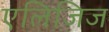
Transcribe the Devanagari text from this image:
एलिजिज